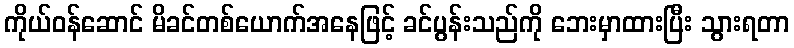
ကိုယ်ဝန်ဆောင် မိခင်တစ်ယောက်အနေဖြင့် ခင်ပွန်းသည်ကို ဘေးမှာထားပြီး သွားရတာ